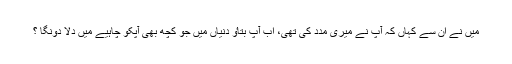
میں نے ان سے کہاں کہ آپ نے میری مدد کی تھی، اب آپ بتاٶ دنیاں میں جو کچھ بھی آپکو چاہیے میں دلا دونگا ؟